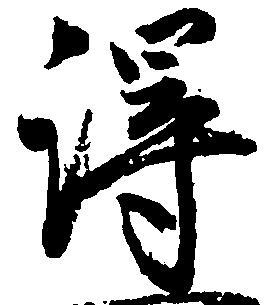
得